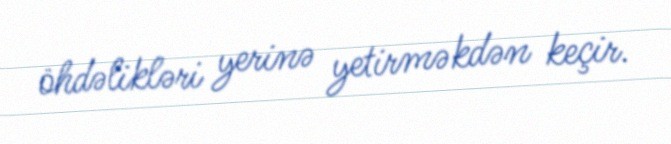
öhdəlikləri yerinə yetirməkdən keçir.